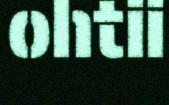
ohtii